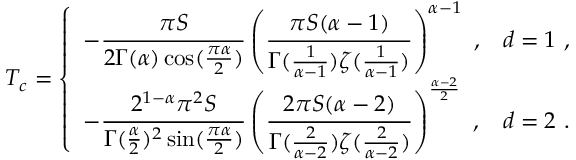
T _ { c } = \left\{ \begin{array} { l l } { - { \displaystyle { \frac { \pi S } { 2 \Gamma ( \alpha ) \cos ( \frac { \pi \alpha } { 2 } ) } } } \left( { \displaystyle { \frac { \pi S ( \alpha - 1 ) } { \Gamma ( \frac { 1 } { \alpha - 1 } ) \zeta ( \frac { 1 } { \alpha - 1 } ) } } } \right) ^ { \alpha - 1 } ~ , } & { d = 1 ~ , } \\ { - { \displaystyle { \frac { 2 ^ { 1 - \alpha } \pi ^ { 2 } S } { \Gamma ( \frac \alpha 2 ) ^ { 2 } \sin ( \frac { \pi \alpha } { 2 } ) } } } \left( { \displaystyle { \frac { 2 \pi S ( \alpha - 2 ) } { \Gamma ( \frac { 2 } { \alpha - 2 } ) \zeta ( \frac { 2 } { \alpha - 2 } ) } } } \right) ^ { \frac { \alpha - 2 } { 2 } } ~ , } & { d = 2 ~ . } \end{array} \right.